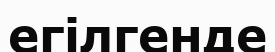
егілгенде